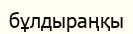
бұлдыраңқы